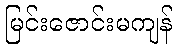
မြင်းဇောင်းမကျန်